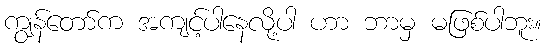
ကျွန်တော်က အကျင့်ပါနေလို့ပါ ဟာ ဘာမှ မဖြစ်ပါဘူး။